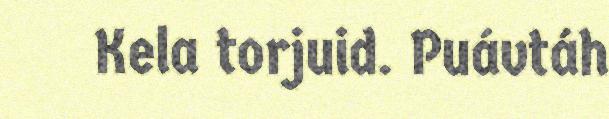
Kela torjuid. Puávtáh